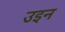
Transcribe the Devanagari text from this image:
उइन